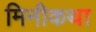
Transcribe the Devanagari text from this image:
मिनीकथा